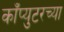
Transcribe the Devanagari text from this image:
काँप्युटरच्या